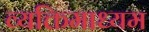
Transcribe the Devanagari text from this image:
व्यक्तिमाध्यम